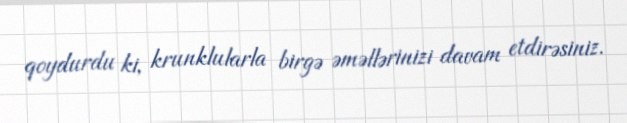
qoydurdu ki, krunklularla birgə əməllərinizi davam etdirəsiniz.